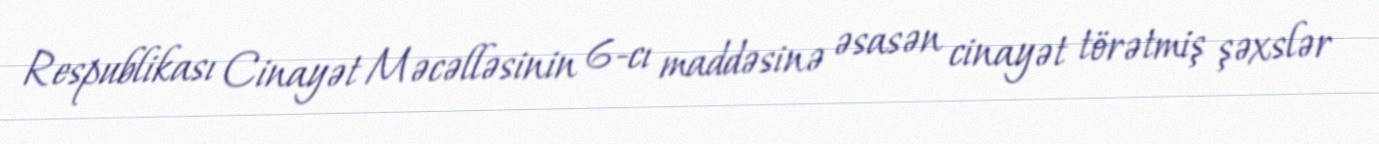
Respublikası Cinayət Məcəlləsinin 6-cı maddəsinə əsasən cinayət törətmiş şəxslər